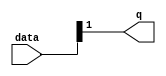
module  fpoint_qsys_addsub_single_altpriority_encoder_iha
	( 
	data,
	q) ;
	input   [1:0]  data;
	output   [0:0]  q;
	assign
		q = {data[1]};
endmodule